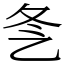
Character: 㐑